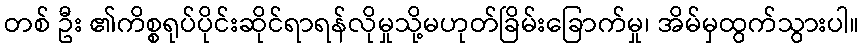
တစ် ဦး ၏ကိစ္စရုပ်ပိုင်းဆိုင်ရာရန်လိုမှုသို့မဟုတ်ခြိမ်းခြောက်မှု၊ အိမ်မှထွက်သွားပါ။